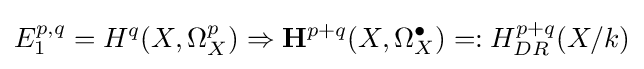
E_{1}^{p,q}=H^{q}(X,\Omega _{X}^{p})\Rightarrow \mathbf {H} ^{p+q}(X,\Omega _{X}^{\bullet })=:H_{DR}^{p+q}(X/k)